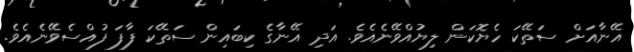
އޭނާއަށް ސަތޭކަ ހެޔޮކަން ލިޔުއްވޭނެއެވެ. އަދި އޭނާގެ ކިބައިން ސަތޭކަ ފާފަ ފުއްސެވޭނެއެވެ.